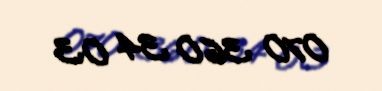
070 360 34 03